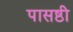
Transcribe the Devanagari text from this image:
पासष्ठी